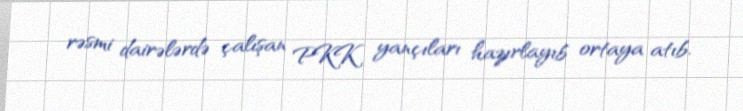
rəsmi dairələrdə çalışan PKK yançıları hazırlayıb ortaya atıb.